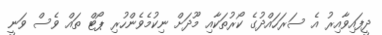
ދީފައިވާއިރު އެ ސަރަހައްދުގެ ކޯރުތަކާއި މޫދަށް ނިކުމެވެންހުރި ޕޯޓް ތައް ވެސް ވަނީ